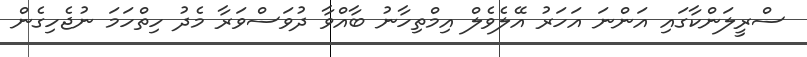
ސްރީލަންކާގައި އަންނަ އަހަރު އޭލެވެލް އިމްތިހާނު ބާއްވާ ދުވަސްވަރާ މެދު ހިތްހަމަ ނުޖެހިގެން